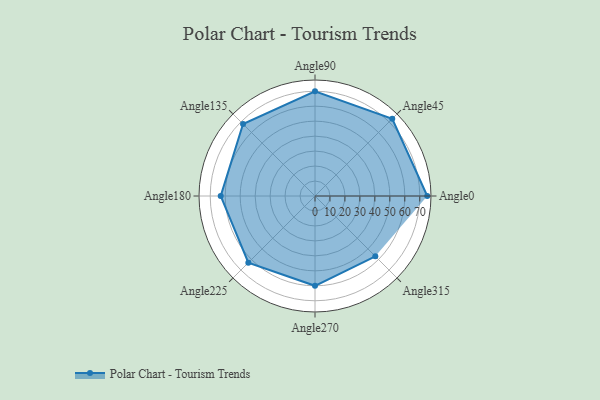
{"axis": {"x": "Angle", "y": "Radius"}, "legend": [""], "data": [{"x": "Angle0", "y": 75.0, "type": ""}, {"x": "Angle45", "y": 73.0, "type": ""}, {"x": "Angle90", "y": 70.0, "type": ""}, {"x": "Angle135", "y": 68.0, "type": ""}, {"x": "Angle180", "y": 63.0, "type": ""}, {"x": "Angle225", "y": 63.0, "type": ""}, {"x": "Angle270", "y": 60.0, "type": ""}, {"x": "Angle315", "y": 57.0, "type": ""}]}